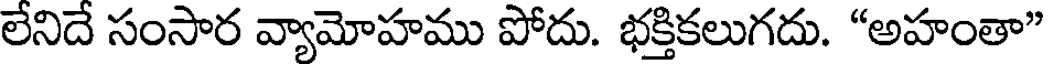
లేనిదే సంసార వ్యామోహము పోదు. భక్తికలుగదు. "అహంతా"